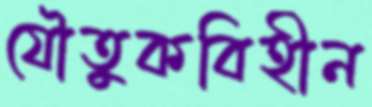
যৌতুকবিহীন